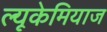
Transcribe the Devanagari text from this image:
ल्यूकेमियाज